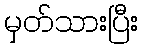
မှတ်သားပြီး